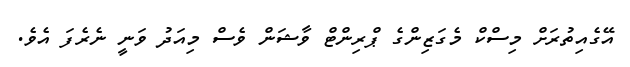
އޭގެއިތުރަށް މިސްކް މެގަޒިންގެ ޕްރިންޓް ވާޝަން ވެސް މިއަދު ވަނީ ނެރެފަ އެވެ.